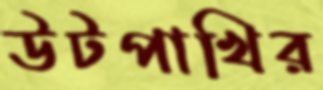
উটপাখির